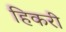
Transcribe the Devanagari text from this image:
हिकरी